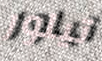
تيلور